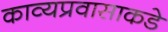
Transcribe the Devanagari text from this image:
काव्यप्रवासाकडे